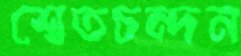
শ্বেতচন্দন